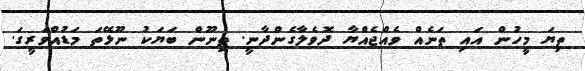
ތިޔަ މީހުން އައި ތަނެއް ވެއްޖެއްޔާ ދޮވެލާގެންދާނީ. ތިނޫން ބަޔަކު ނޫޅޭތަ މަޑުއްވަރީގަ.